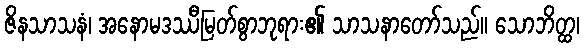
ဇိနသာသနံ၊ အနောမဒဿီမြတ်စွာဘုရား၏ သာသနာတော်သည်။ သောဘိတ္ထ၊